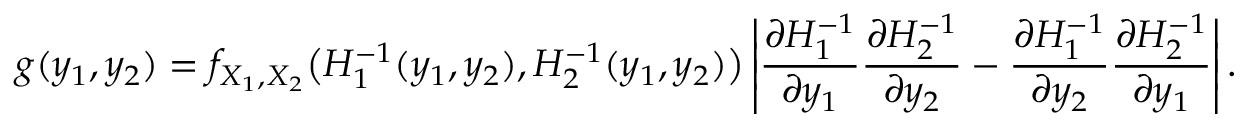
g ( y _ { 1 } , y _ { 2 } ) = f _ { X _ { 1 } , X _ { 2 } } { \big ( } H _ { 1 } ^ { - 1 } ( y _ { 1 } , y _ { 2 } ) , H _ { 2 } ^ { - 1 } ( y _ { 1 } , y _ { 2 } ) { \big ) } \left\vert { \frac { \partial H _ { 1 } ^ { - 1 } } { \partial y _ { 1 } } } { \frac { \partial H _ { 2 } ^ { - 1 } } { \partial y _ { 2 } } } - { \frac { \partial H _ { 1 } ^ { - 1 } } { \partial y _ { 2 } } } { \frac { \partial H _ { 2 } ^ { - 1 } } { \partial y _ { 1 } } } \right\vert .